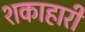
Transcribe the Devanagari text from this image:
शकाहारी